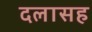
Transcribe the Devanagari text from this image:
दलासह